Vaccination in the Punjab 1905-1918 - 1905-1918
Year: 1905
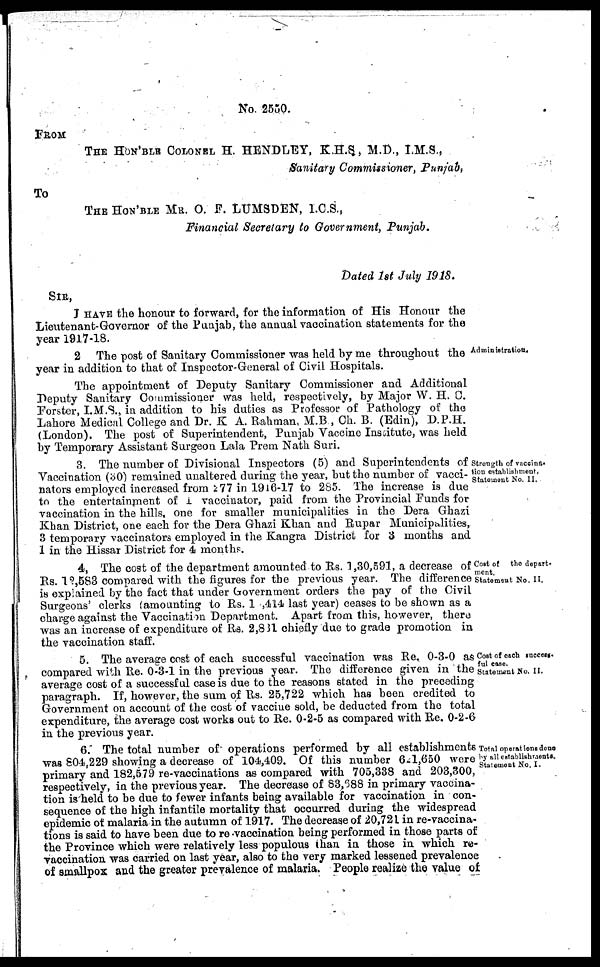
No. 2550.
FROM
THE HON'BLE COLONEL H. HENDLEY, K.H.S, M.D., I.M.S.,
Sanitary Commissioner, Punjab,
To
THE HON'BLE MR. O. F. LUMSDEN, I.C.S.,
Financial Secretary to Government, Punjab.
Dated 1st July 1918.
SIR,
I HAVE the honour to forward, for the information of His Honour the
Lieutenant-Governor of the Punjab, the annual vaccination statements for the
year 1917-18.
Adminiatratiotn
2 The post of Sanitary Commissioner was held by me throughout the
year in addition to that of Inspector-General of Civil Hospitals.
The appointment of Deputy Sanitary Commissioner and Additional
Deputy Sanitary Commissioner was held, respectively, by Major W. H. 0.
Forster, I.M.S., in addition to his duties as Professor of Pathology of the
Lahore Medical College and Dr. K A. Rahman, M.B , Ch. B. (Edin), D.P.H.
(London). The post of Superintendent, Punjab Vaccine Institute, was held
by Temporary Assistant Surgeon Lala Prem Nath Suri.
Strength of vaccina¬
tion establishment,
Statement No. II.
3. The number of Divisional Inspectors (5) and Superintendents of
Vaccination (30) remained unaltered during the year, but the number of vacci¬
nators employed increased from 277 in 1916-17 to 285. The increase is due
to the entertainment of 1 vaccinator, paid from the Provincial Funds for
vaccination in the hills, one for smaller municipalities in the Dera Ghazi
Khan District, one each for the Dera Ghazi Khan and Rupar Municipalities,
3 temporary vaccinators employed in the Kangra District for 3 months and
1 in the Hissar District for 4 months.
Cost of the depart¬
ment.
Statement No. II.
4, The cost of the department amounted to Rs. 1,30,591, a decrease of
Rs. 12,583 compared with the figures for the previous year. The difference
is explained by the fact that under Government orders the pay of the Civil
Surgeons' clerks (amounting to Rs. 1 ,414 last year) ceases to be shown as a
charge against the Vaccination Department. Apart from this, however, there
was an increase of expenditure of Rs. 2,831 chiefly due to grade promotion in
the vaccination staff.
Cost of each success¬
ful case.
Statement No. II.
5. The average cost of each successful vaccination was Re. 0-3-0 as
compared with Re. 0-3-1 in the previous year. The difference given in the
average cost of a successful case is due to the reasons stated in the preceding
paragraph. If, however, the sum of Rs. 25,722 which has been credited to
Government on account of the cost of vaccine sold, be deducted from the total
expenditure, the average cost works out to Re. 0-2-5 as compared with Re. 0-2-6
in the previous year.
Total operations done
by all establishments.
Statement No. I.
6. The total number of operations performed by all establishments
was 804,229 showing a decrease of 104,409. Of this number 621,650 were
primary and 182,579 re-vaccinations as compared with 705,338 and 203,300,
respectively, in the previous year. The decrease of 83,688 in primary vaccina-
tion is held to be due to fewer infants being available for vaccination in con-
sequence of the high infantile mortality that occurred during the widespread
epidemic of malaria in the autumn of 1917. The decrease of 20,721 in re-vaccina-
tions is said to have been due to re-vaccination being performed in those parts of
the Province which were relatively less populous than in those in which re-
vaccination was carried on last year, also to the very marked lessened prevalence
of smallpox and the greater prevalence of malaria. People realize the value of